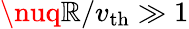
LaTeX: \nuq\mathbb{R}/v_{\mathrm{{th}}}\gg1